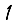
Digit: 1